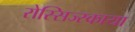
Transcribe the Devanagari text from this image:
रोस्सिज्स्काया